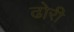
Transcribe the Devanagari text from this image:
ढोरी